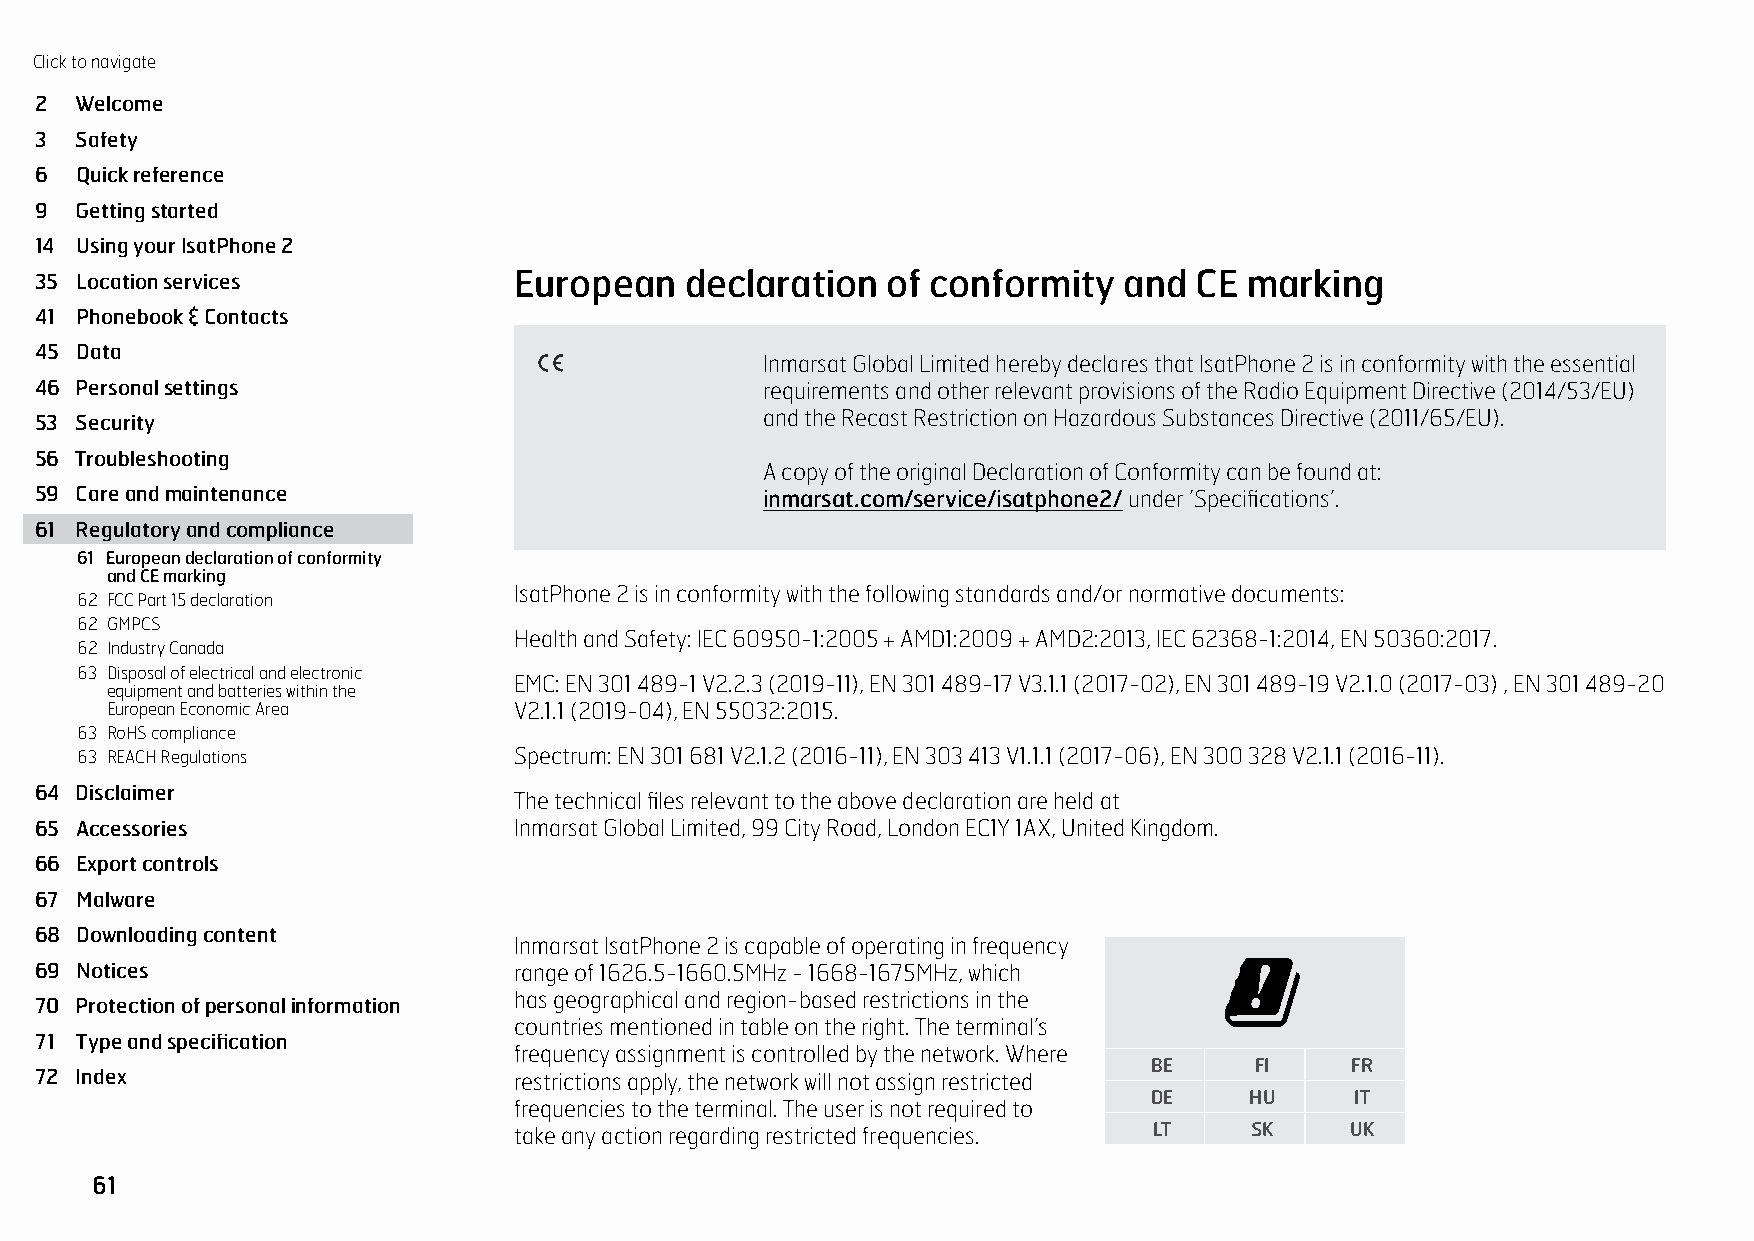
Click to navigate
 REGULATORY
 2  Welcome
 3  Safety
 6  Quick reference              AND         COMPLIANCE
 9  Getting started
 14 Using your IsatPhone 2
 35 Location services            European   declaration   of conformity  and  CE  marking
 41 Phonebook & Contacts
 45 Data
 Inmarsat Global Limited hereby declares that IsatPhone 2 is in conformity with the essential
 46 Personal settings                             requirements and other relevant provisions of the Radio Equipment Directive (2014/53/EU)
 and the Recast Restriction on Hazardous Substances Directive (2011/65/EU).
 53 Security
 56 Troubleshooting
 A copy of the original Declaration of Conformity can be found at:
 59 Care and maintenance                          inmarsat.com/service/isatphone2/ under ’Specifications’.
 61 Regulatory and compliance
 61 European declaration of conformity
 and CE marking
 IsatPhone 2 is in conformity with the following standards and/or normative documents:
 62 FCC Part 15 declaration
 62 GMPCS
 Health and Safety: IEC 60950-1:2005 + AMD1:2009 + AMD2:2013, IEC 62368-1:2014, EN 50360:2017.
 62 Industry Canada
 63 Disposal of electrical and electronic
 EMC: EN 301 489-1 V2.2.3 (2019-11), EN 301 489-17 V3.1.1 (2017-02), EN 301 489-19 V2.1.0 (2017-03) , EN 301 489-20
 equipment and batteries within the
 European Economic Area     V2.1.1 (2019-04), EN 55032:2015.
 63 RoHS compliance
 63 REACH Regulations         Spectrum: EN 301 681 V2.1.2 (2016-11), EN 303 413 V1.1.1 (2017-06), EN 300 328 V2.1.1 (2016-11).
 64 Disclaimer
 The technical files relevant to the above declaration are held at
 65 Accessories                  Inmarsat Global Limited, 99 City Road, London EC1Y 1AX, United Kingdom.
 66 Export controls
 67 Malware
 68 Downloading content
 Inmarsat IsatPhone 2 is capable of operating in frequency
 69 Notices                      range of 1626.5-1660.5MHz - 1668-1675MHz, which
 has geographical and region-based restrictions in the
 70 Protection of personal information
 countries mentioned in table on the right. The terminal’s
 71 Type and specification
 frequency assignment is controlled by the network. Where
 BE     FI    FR
 72 Index                        restrictions apply, the network will not assign restricted
 DE     HU     IT
 frequencies to the terminal. The user is not required to
 take any action regarding restricted frequencies. LT SK UK
 61